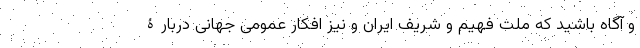
و آگاه باشید که ملت فهیم و شریف ایران و نیز افکار عمومی جهانی دربارۀ